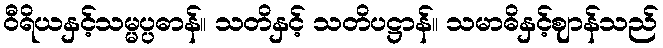
ဝီရိယနှင့်သမ္မပ္ပဓာန်။ သတိနှင့် သတိပဋ္ဌာန်။ သမာဓိနှင့်ဈာန်သည်